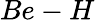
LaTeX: Be-H